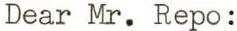
Dear Mr. Repo: